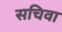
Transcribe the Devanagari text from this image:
सचिवा